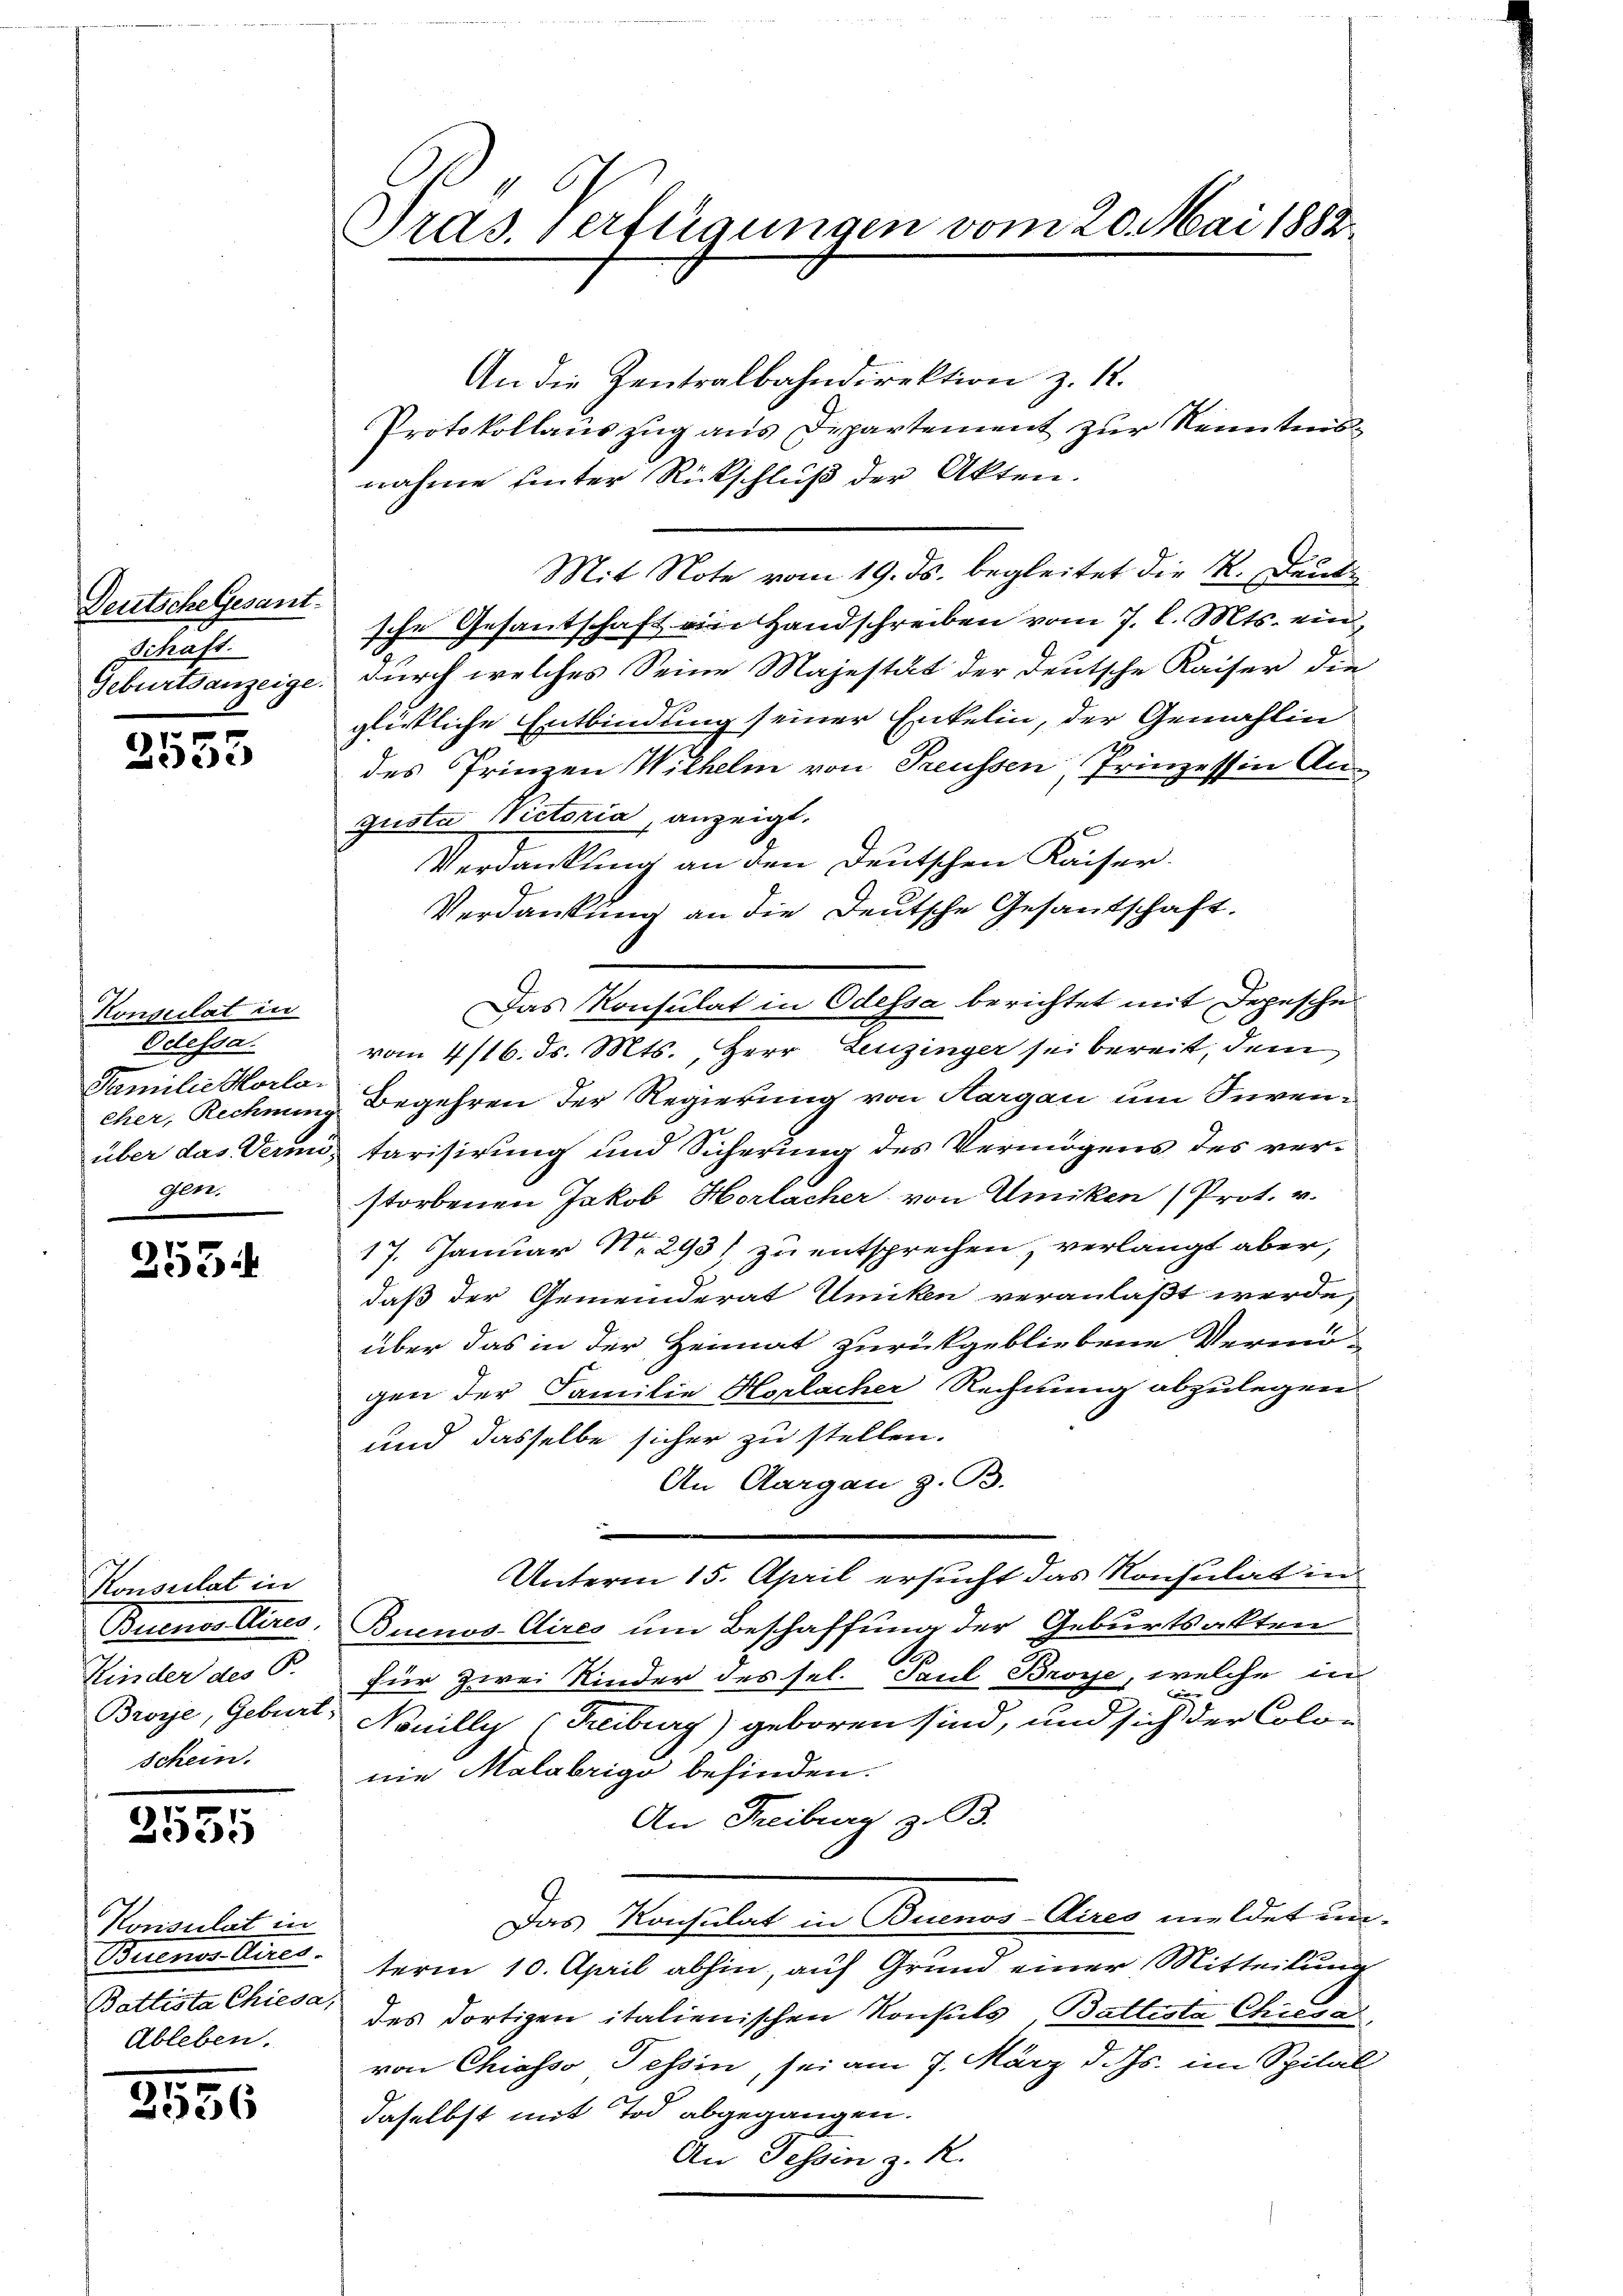
Deutsche Gesant.
Schaft.
Geburtsanzeige.

2555

Konsulat in
Odessa.
Familie Morlaeher, Rechnung
über das Vermögen.

255.

Konsulat in
Butuellen.
Kinder des P.
Broye, Geburt,
schein.

2535

3556

Konsulat in
Buenos Aires.
Battista Chiesa,
Ableben.

Pras, verfügungen vom 20. Mai 1882.

An die Zentralbahndirektion z. 12.
Protokollauszug aus Departement zur Kenntnisnahme unter Rückschluß der Akten.
Mit Note vom 19. ds. begleitet die K. Dieti
sche Gesantschaft ein Handschreiben vom 7. l. Mts. eindurch welches Seine Majestät der deutsche Kaiser die
glickliche Entbindung seiner Enkelin, der Gemählin
des Prinzen Wilhelm von Preussen, Prinzessin Anguste Victoria anzeigt.
Verdankung an den Deutschen Kaiser-
Verdankung an die Deutsche Gesandschaft.
Das Konsulat in Odessa berichtet mit Depesche
vom 4/16. ds. Mts., Herr Leuzinger sei bereit, dem
Begehren der Regierung von Aargau um Seventarisirung und Sicherung des Vermögens des verstorbenen Jakob Horlacher von Umiken (Prot. v.
17. Januar No 293) zu entsprechen, verlangt aber,
daß der Gemeinderat Uniken veranlaßt werde,
über das in der Heimat zurückgebliebene Vermögen der Familie Horlacher Rechnung abzulegen
und dasselbe sicher zu stellen.
An Aargau z. B.
.
Unterm 15. April ersucht das Konsulat in
Buenos-Aires um Beschaffung der Geburtsakten
für zwei Kinder des sel. Paul Broyse, welche in
)
Nonilly (Freiburg) geboren sind, und sich der Color
nie Malabrige befinden.
An Freiburg z. B.
Das Konsulat in Buenos-Aires meldet un-
term 10. April abhin, auf Grund einer Mitteilung
des dortigen italienischen Konsuls, Battesta Chiesa,
von Chiasso Tessin, sei am 7. März d. Js. im Spital
daselbst mit Tod abgegangen.
An Tessin z. R.